Indian Medical Review
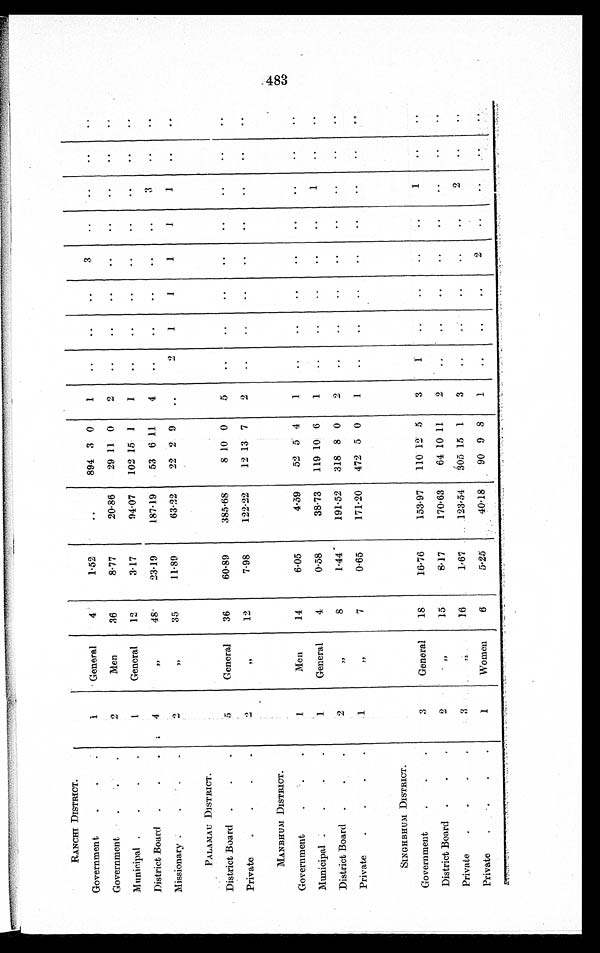
RANCHI DISTRICT.
1
General
4
1.52
..
894 3 0
1
..
..
..
3
..
. .
..
..
Government
.
.
.
Government
.
.
.
2
Men
36
8.77
20.86
29 11 0
2
..
..
..
..
..
..
..
. .
Municipal .
.
. .
1
General
12
3.17
94.07
102 15 1
1
. .
..
..
..
..
..
..
. .
District Board
.
.
.
4
„
48
23.19
187.19
53 6 11
4
..
. .
. .
..
..
3
..
. .
Missionary .
.
.
.
2
, ,
35
11.89
63.22
22 2 9
..
2
1
1
1
1
1
. .
..
PA LA MAU DISTRICT.
5
General
36
60.89
385.68
8 10 0
5
..
..
. .
. .
. .
. .
. .
. .
District Board .
.
.
Private
.
.
.
.
2
, ,
12
7.98
122.22
12 13 7
2
..
..
..
..
..
..
. .
. .
MANBHUM DISTRICT.
1
Men
14
6.05
4.59
52 5 4
1
. .
..
..
..
..
..
..
..
Government
. . .
Municipal .
. . .
1
General
4
0.58
38.73
119 10 6
1
..
..
..
..
. .
1
..
..
District Board .
.
.
2
,,
8
1.44
191.52
318 8 0
2
..
..
..
. .
..
. .
. .
..
Private
.
.
.
.
1
, ,
7
0.65
171.20
472 5 0
1
..
..
..
..
..
..
..
. .
SINGHBHUM _DISTRICT.
3
General
18
16.76
153.97
110 12 5
3
1
..
..
..
. .
1
..
..
Government
District Board .
.
.
2
, ,
15
8.17
170.63
64 10 11
2
..
. .
..
..
..
. .
. .
. .
Private
.
. . .
3
, ,
16
1.67
123.54
305 15 1
3
..
. .
. .
. .
. .
2
..
..
Private
. . . .
1
Women
6
5.25
40.18
90 9 8
1
..
..
..
2
..
. .
. . ..